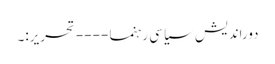
دوراندیش سیاسی رہنما ---- تحریر:۔